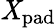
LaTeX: \mathit{X}_{\mathrm{{pad}}}